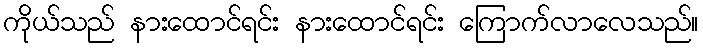
ကိုယ်သည် နားထောင်ရင်း နားထောင်ရင်း ကြောက်လာလေသည်။